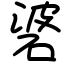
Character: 碆